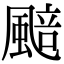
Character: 䬏